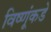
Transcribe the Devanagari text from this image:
विष्णूंकडे